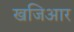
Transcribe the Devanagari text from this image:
खजिआर